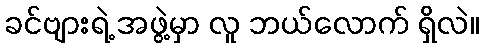
ခင်ဗျားရဲ့ အဖွဲ့မှာ လူ ဘယ်လောက် ရှိလဲ။